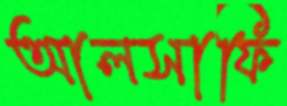
আলসাফি